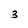
Character: 3